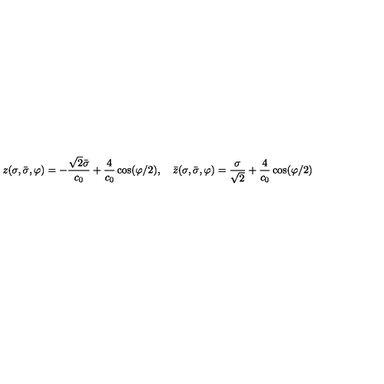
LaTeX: z ( \sigma , \bar { \sigma } , \varphi ) = - \frac { \sqrt { 2 } \bar { \sigma } } { c _ { 0 } } + \frac { 4 } { c _ { 0 } } \cos ( \varphi / 2 ) , \quad \bar { z } ( \sigma , \bar { \sigma } , \varphi ) = \frac { \sigma } { \sqrt { 2 } } + \frac { 4 } { c _ { 0 } } \cos ( \varphi / 2 )